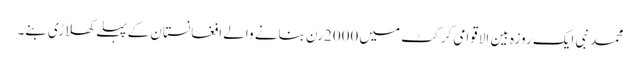
محمد نبی ایک روزہ بین الاقوامی کرکٹ میں 2000رن بنانے والے افغانستان کے پہلے کھلاڑی بنے۔